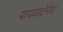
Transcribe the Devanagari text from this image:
पायवाटेनेच